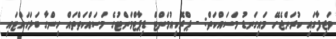
ވަޒިފާގައި ކުރަންޖެހޭ މައިގަނޑު މަސައްކަތް: - ޕްރޮކިއުމަންޓް ޑިޕާޓްމަންޓުގެ މަސައްކަތްތައް ހިންގާ ބަލަހައްޓައި